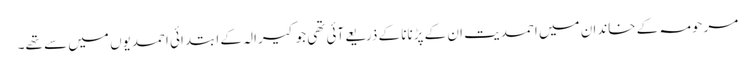
مرحومہ کے خاندان میں احمدیت ان کے پڑنانا کے ذریعےآئی تھی جو کیرالہ کے ابتدائی احمدیوں میں سے تھے۔